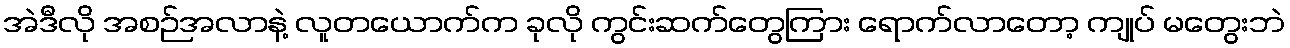
အဲဒီလို အစဉ်အလာနဲ့ လူတယောက်က ခုလို ကွင်းဆက်တွေကြား ရောက်လာတော့ ကျုပ် မတွေးဘဲ